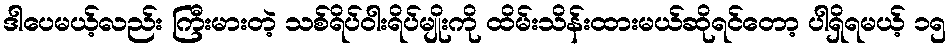
ဒါပေမယ့်လည်း ကြီးမားတဲ့ သစ်ရိပ်ဝါးရိပ်မျိုးကို ထိမ်းသိန်းထားမယ်ဆိုရင်တော့ ပါရှိရမယ့် ၁၅